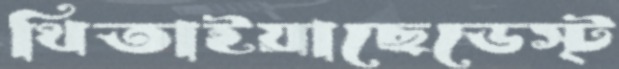
থিতাইয়াছেডেস্ট্